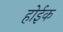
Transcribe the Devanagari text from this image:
होईक